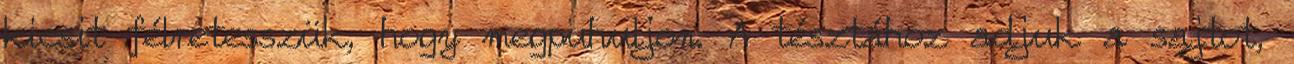
kicsit félretesszük, hogy megpuhuljon. A tésztához adjuk a sajtot,